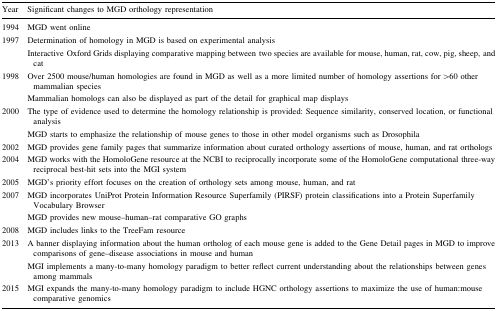
<table><thead><tr><td><b>Year</b></td><td><b>Significant changes to MGD orthology representation</b></td></tr></thead><tbody><tr><td>1994</td><td>MGD went online</td></tr><tr><td rowspan="2">1997</td><td>Determination of homology in MGD is based on experimental analysis</td></tr><tr><td>Interactive Oxford Grids displaying comparative mapping between two species are available for mouse, human, rat, cow, pig, sheep, and cat</td></tr><tr><td rowspan="2">1998</td><td>Over 2500 mouse/human homologies are found in MGD as well as a more limited number of homology assertions for &gt;60 other mammalian species</td></tr><tr><td>Mammalian homologs can also be displayed as part of the detail for graphical map displays</td></tr><tr><td rowspan="2">2000</td><td>The type of evidence used to determine the homology relationship is provided: Sequence similarity, conserved location, or functional analysis</td></tr><tr><td>MGD starts to emphasize the relationship of mouse genes to those in other model organisms such as Drosophila</td></tr><tr><td>2002</td><td>MGD provides gene family pages that summarize information about curated orthology assertions of mouse, human, and rat orthologs</td></tr><tr><td>2004</td><td>MGD works with the HomoloGene resource at the NCBI to reciprocally incorporate some of the HomoloGene computational three-way reciprocal best-hit sets into the MGI system</td></tr><tr><td>2005</td><td>MGD’s priority effort focuses on the creation of orthology sets among mouse, human, and rat</td></tr><tr><td rowspan="2">2007</td><td>MGD incorporates UniProt Protein Information Resource Superfamily (PIRSF) protein classifications into a Protein Superfamily Vocabulary Browser</td></tr><tr><td>MGD provides new mouse–human–rat comparative GO graphs</td></tr><tr><td>2008</td><td>MGD includes links to the TreeFam resource</td></tr><tr><td rowspan="2">2013</td><td>A banner displaying information about the human ortholog of each mouse gene is added to the Gene Detail pages in MGD to improve comparisons of gene–disease associations in mouse and human</td></tr><tr><td>MGI implements a many-to-many homology paradigm to better reflect current understanding about the relationships between genes among mammals</td></tr><tr><td>2015</td><td>MGI expands the many-to-many homology paradigm to include HGNC orthology assertions to maximize the use of human:mouse comparative genomics</td></tr></tbody></table>